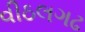
વીઠલગઢ